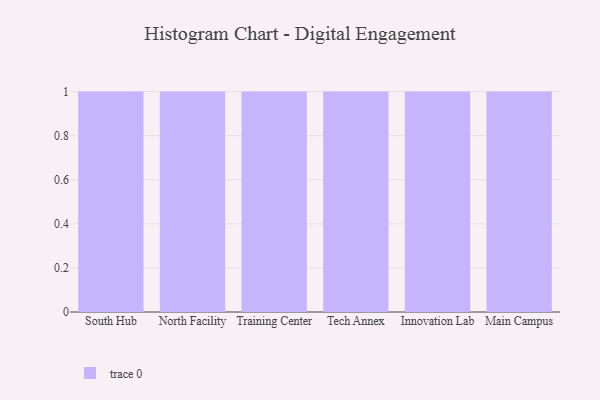
{"axis": {"x": "Campus", "y": "Tickets Resolved"}, "legend": [""], "data": [{"x": "South Hub", "y": 59, "type": ""}, {"x": "North Facility", "y": 12, "type": ""}, {"x": "Training Center", "y": 20, "type": ""}, {"x": "Tech Annex", "y": 22, "type": ""}, {"x": "Innovation Lab", "y": 5, "type": ""}, {"x": "Main Campus", "y": 62, "type": ""}]}